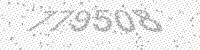
Solution: 779508